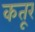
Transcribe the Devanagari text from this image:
कतूर